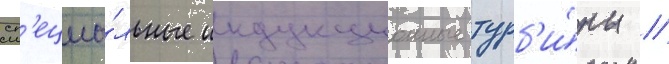
сп'ециа́льные индукционные турб'и́ны //